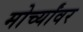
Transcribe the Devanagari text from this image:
मोर्च्यांवर